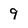
Character: 9